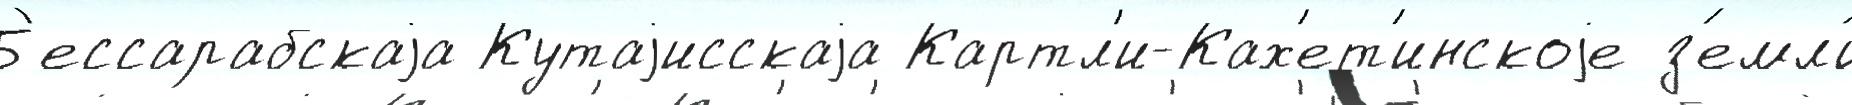
Б'ессарабскаjа Кутаjисскаjа Картл'и-Ках'ет'инскоjе з'емл'и́